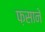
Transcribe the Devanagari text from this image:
फ़साने